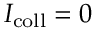
I _ { \mathrm { c o l l } } = 0